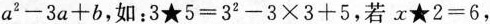
$$a^{2}-3a+b$$，如：$$3★5=3^{2}-3\times3+5$$，若$$x★2=6$$，